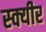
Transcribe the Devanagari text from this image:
स्क्यीर